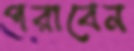
পরাবেন